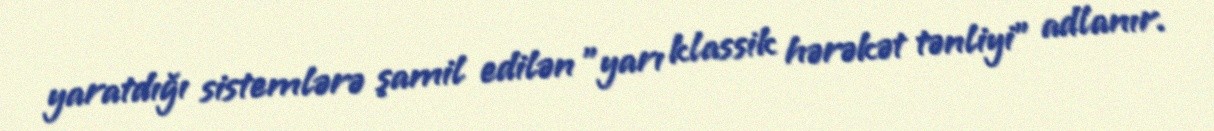
yaratdığı sistemlərə şamil edilən "yarı klassik hərəkət tənliyi" adlanır.